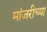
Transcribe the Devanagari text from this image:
मांजरीच्या